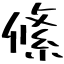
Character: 絛